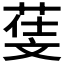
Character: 𣁙